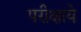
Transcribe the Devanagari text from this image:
परीक्षाये